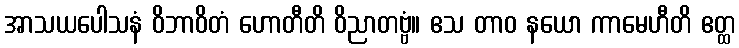
အာသယပေါသနံ ဝိဘာဝိတံ ဟောတီတိ ဝိညာတဗ္ဗံ။ ဧသ တာဝ နယော ကာမေဟီတိ ဧတ္ထ